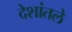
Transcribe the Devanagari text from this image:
देशांतले